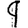
Digit: 9